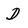
Character: D